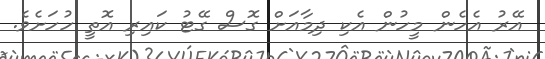
އޭރު އެހެން މީހުން އެކި ދިމާއަށް ގޮސް ގޭޓު ކައިރި އޮތީ ހުހަށެވެ.